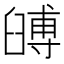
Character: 𦦐